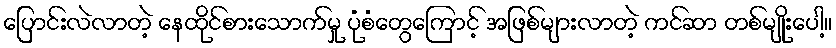
ပြောင်းလဲလာတဲ့ နေထိုင်စားသောက်မှု ပုံစံတွေကြောင့် အဖြစ်များလာတဲ့ ကင်ဆာ တစ်မျိုးပေါ့။